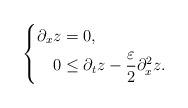
LaTeX: \begin{align*}\left\{\begin{aligned}\partial_x z & = 0, \\0 & \leq \partial_t z - \frac{\varepsilon}{2} \partial_{x}^2 z. \end{aligned}\right.\end{align*}